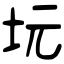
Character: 坃